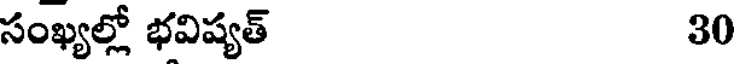
సంఖ్యల్లో భవిష్యత్ 30